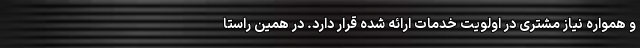
و همواره نیاز مشتری در اولویت خدمات ارائه شده قرار دارد. در همین راستا